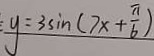
y = 3 \sin ( 7 x + \frac { \pi } { 6 } )